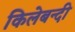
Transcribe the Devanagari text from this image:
किलेबन्‍दी